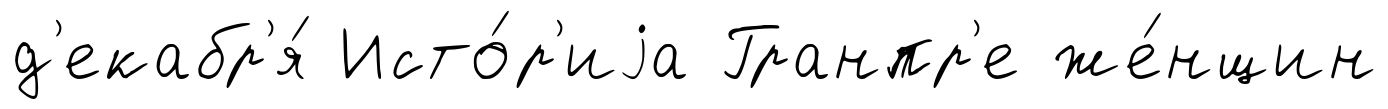
д'екабр'я́ Исто́р'иjа Гранпр'е же́нщин